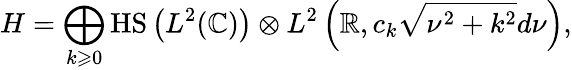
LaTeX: H=\bigoplus_{k\geqslant 0}{\mathrm{HS}}\left(L^{2}(\mathbb{C})\right)\otimes L^{2}\left(\mathbb{R},c_{k}{\sqrt{\nu^{2}+k^{2}}}d\nu\right),